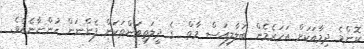
ކޮންމެ ދިމާއަކަށް އަހަރެމެން ބަލާލިއަސް މާތް  ގެ ދީލަތިވަންތަކަން ފެންނަން ހުންނާނެއެވެ.